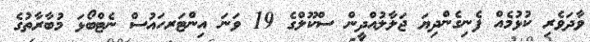
ވާދަވެރި ކުޅުމެއް ފެނިގެންދިޔަ ޖަލާލުއްދީން ސްކޫލްގެ 19 ވަނަ އިންޓަރހައުސް ނެޓްބޯޅަ މުބާރާތުގެ